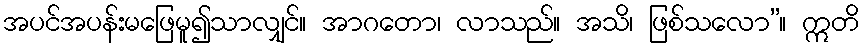
အပင်အပန်းမဖြေမူ၍သာလျှင်။ အာဂတော၊ လာသည်။ အသိ၊ ဖြစ်သလော”။ ဣတိ